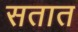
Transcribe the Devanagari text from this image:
सतात